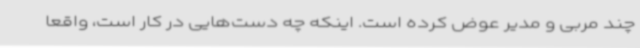
چند مربی و مدیر عوض کرده است. اینکه چه دست‌هایی در کار است، واقعا